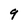
Character: 9